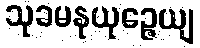
သုခမနုယုဉ္ဇေယျ